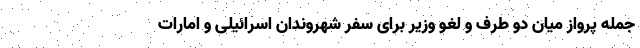
جمله پرواز میان دو طرف و لغو وزیر برای سفر شهروندان اسرائیلی و امارات